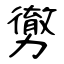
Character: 勶